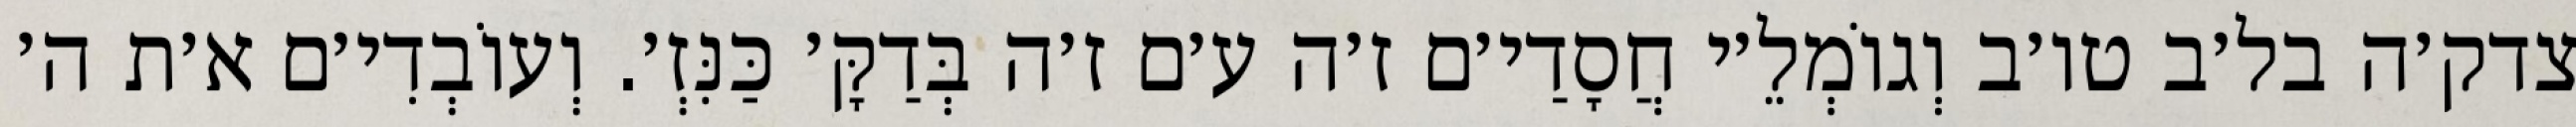
צדק׳ה בל׳ב טו׳ב וְגוֹמְלֵ׳י חֲסָדַי׳ם ז׳ה ע׳ם ז׳ה בְּדַקָּ׳ כַּנִּזְ׳. וְעוֹבְדִי׳ם א׳ת ה׳